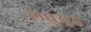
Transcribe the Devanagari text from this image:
लघुयुद्ध